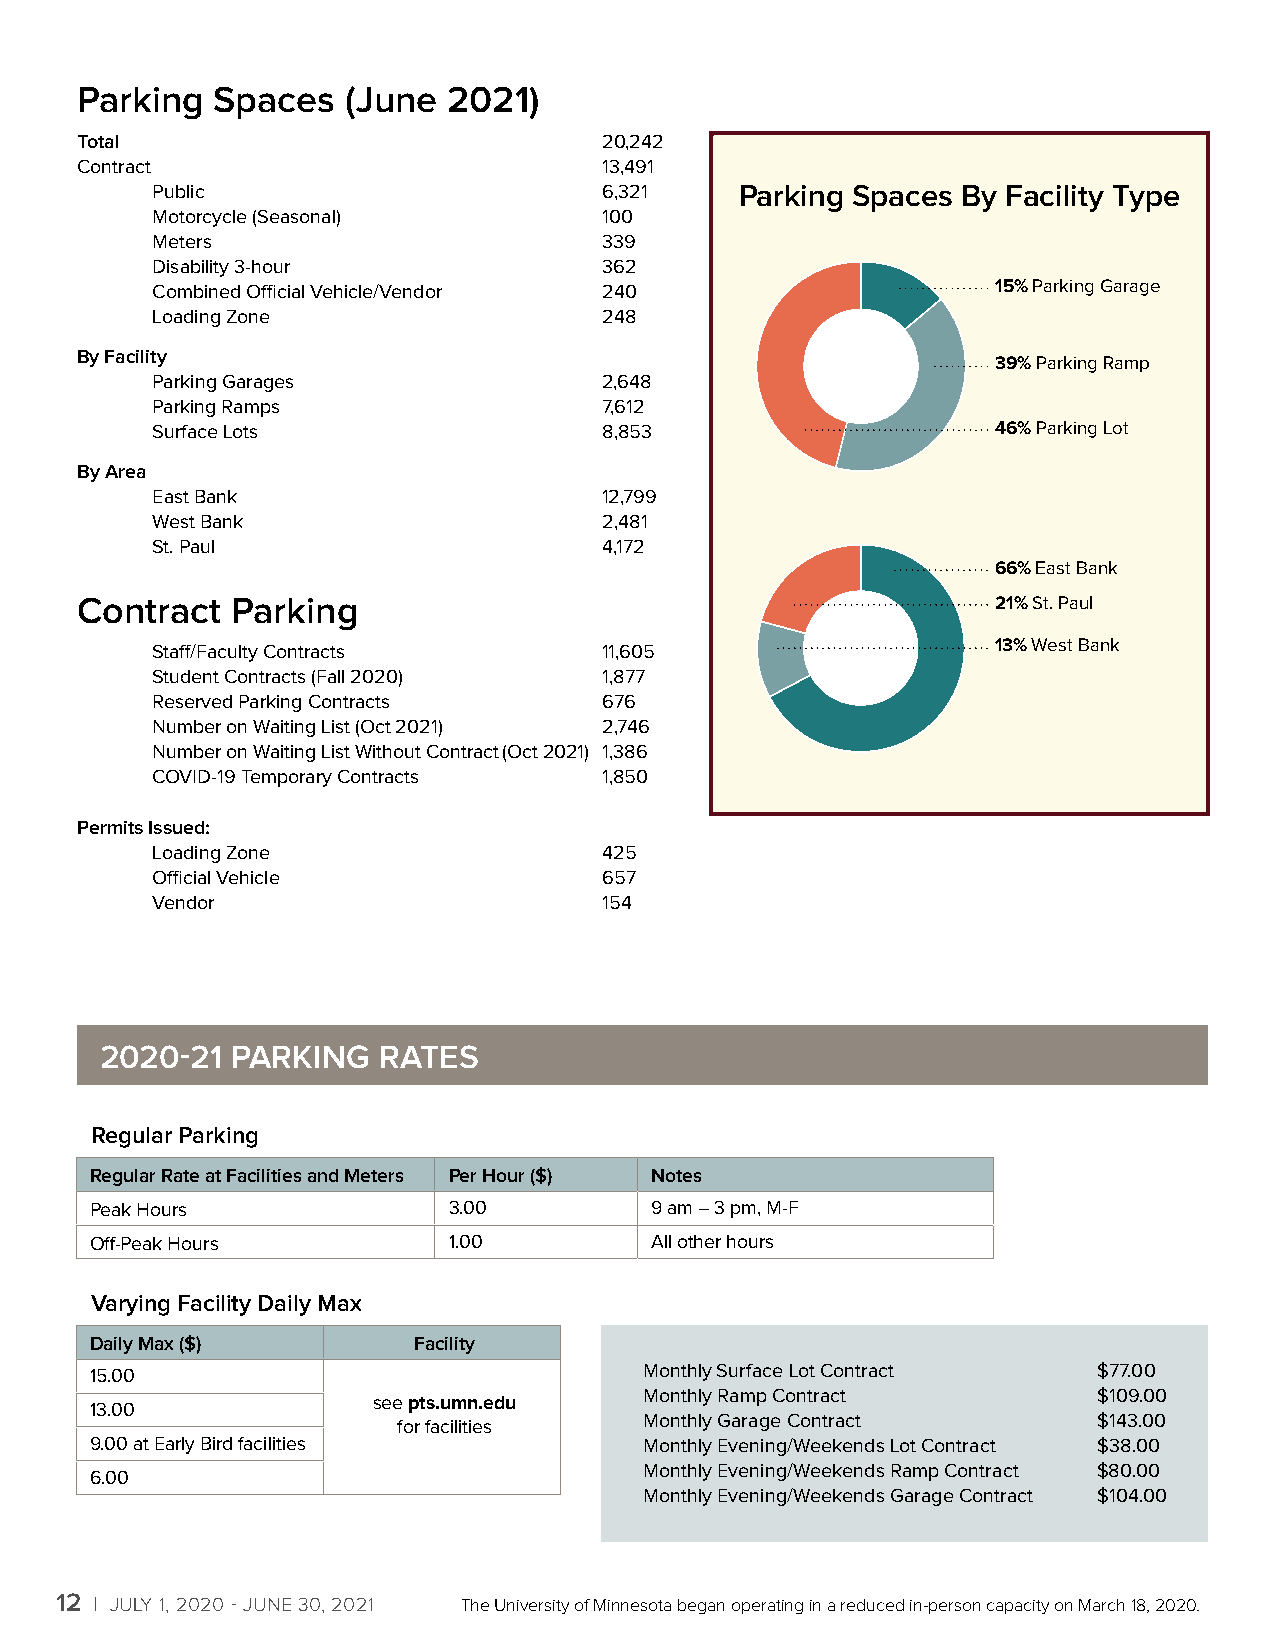
Parking  Spaces   (June  2021)
 Total                              20,242
 Contract                           13,491
 Public                        6,321    Parking Spaces By Facility Type
 Motorcycle (Seasonal)         100
 Meters                        339
 Disability 3-hour             362
 Combined Official Vehicle/Vendor 240                    15% Parking Garage
 Loading Zone                  248
 By Facility
 39% Parking Ramp
 Parking Garages               2,648
 Parking Ramps                 7,612
 Surface Lots                  8,853                     46% Parking Lot
 By Area
 East Bank                     12,799
 West Bank                     2,481
 St. Paul                      4,172
 66% East Bank
 Contract  Parking                                            21% St. Paul
 13% West Bank
 Staff/Faculty Contracts       11,605
 Student Contracts (Fall 2020) 1,877
 Reserved Parking Contracts    676
 Number on Waiting List (Oct 2021) 2,746
 Number on Waiting List Without Contract (Oct 2021) 1,386
 COVID-19 Temporary Contracts  1,850
 Permits Issued:
 2% Utilities
 Loading Zone                  425         14% U-Pass MetroPass
 9% Other Expenses
 Official Vehicle              657
 26% Capital Projects & Debt Services
 Vendor                        154
 16% Campus Bus & Alternative USE OF
 Transportation Program
 FUNDS
 11% Repair and Maintenance
 11% Payroll and Fringe
 2020-21 PARKING   RATES                                                        11% Traffic, Street Maintenance
 2017-18 PARKING BUDGET
 Regular Parking                                                     $41,414,843
 Regular Rate at Facilities and Meters Per Hour ($) Notes
 Peak Hours              3.00         9 am – 3 pm, M-F                                  2% Utilities
 14% U-Pass MetroPass
 9% Other Expenses
 Off-Peak Hours          1.00         All other hours
 26% Capital Projects & Debt Services
 Varying Facility Daily Max                  16% Campus Bus & Alternative USE OF
 Transportation Program
 FUNDS
 Daily Max ($)        Facility
 15.00                                Monthly Surface Lot Contract  $77.00
 11% Repair and Maintenance
 see pts.umn.edu   Monthly Ramp Contract         $109.00      11% Payroll and Fringe
 13.00
 for facilities   Monthly Garage Contract       $143.00       11% Traffic, Street Maintenance
 9.00 at Early Bird facilities        Monthly Evening/Weekends Lot Contract $38.00
 6.00                                 Monthly Evening/Weekends Ramp Contract 201$7-8180 P.0A0RKING BUDGET
 Monthly Evening/Weekends Garage Contract $10$44.01,4014,843
 12 x JULY 1, 2020 - JUNE 30, 2021 The University of Minnesota began operating in a reduced in-person capacity on March 18, 2020.